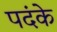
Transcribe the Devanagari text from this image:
पदंके